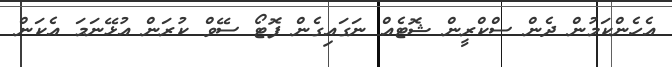
އެހެންކަމުން ދެން ސްކްރީން ޝޮޓެއް ނަގައިގެން ފޮޓޯ ސޭވް ކުރަން އުޅޭނަމަ އެކަން